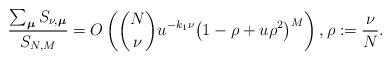
LaTeX: \begin{align*}\frac{\sum_{\boldsymbol\mu}S_{\nu,\boldsymbol\mu}}{S_{N,M}}=O\left(\binom{N}{\nu}u^{-k_1\nu}\bigl(1-\rho+u\rho^2\bigr)^M\right),\rho:=\frac{\nu}{N}.\end{align*}